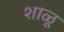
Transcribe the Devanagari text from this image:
शाळू